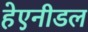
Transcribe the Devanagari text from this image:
हेएनीडल